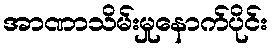
အာဏာသိမ်းမှုနောက်ပိုင်း